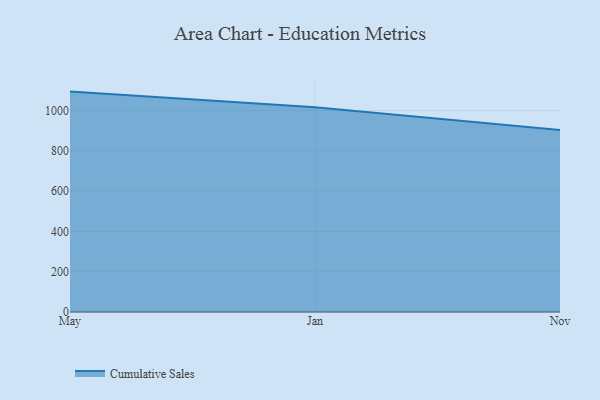
{"axis": {"x": "Month", "y": "Demand Index"}, "legend": ["Cumulative Sales"], "data": [{"x": "May", "y": 1094.3, "type": "Cumulative Sales"}, {"x": "Jan", "y": 1016.0, "type": "Cumulative Sales"}, {"x": "Nov", "y": 903.2, "type": "Cumulative Sales"}]}